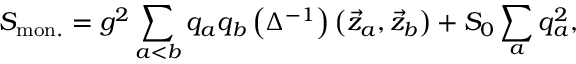
S _ { \mathrm { m o n . } } = g ^ { 2 } \sum _ { a < b } ^ { } q _ { a } q _ { b } \left( \Delta ^ { - 1 } \right) \left( \vec { z } _ { a } , \vec { z } _ { b } \right) + S _ { 0 } \sum _ { a } ^ { } q _ { a } ^ { 2 } ,